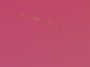
بالتجسس